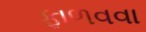
ફાળવવા